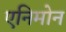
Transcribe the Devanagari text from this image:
एनिमोन